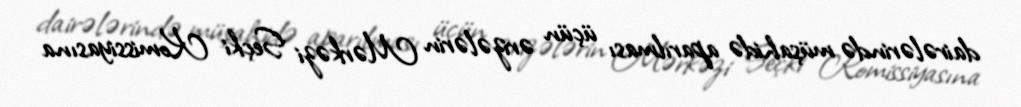
dairələrində müşahidə aparılması üçün ərizələrin Mərkəzi Seçki Komissiyasına